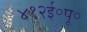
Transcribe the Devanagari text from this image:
४१२ई॰पू॰